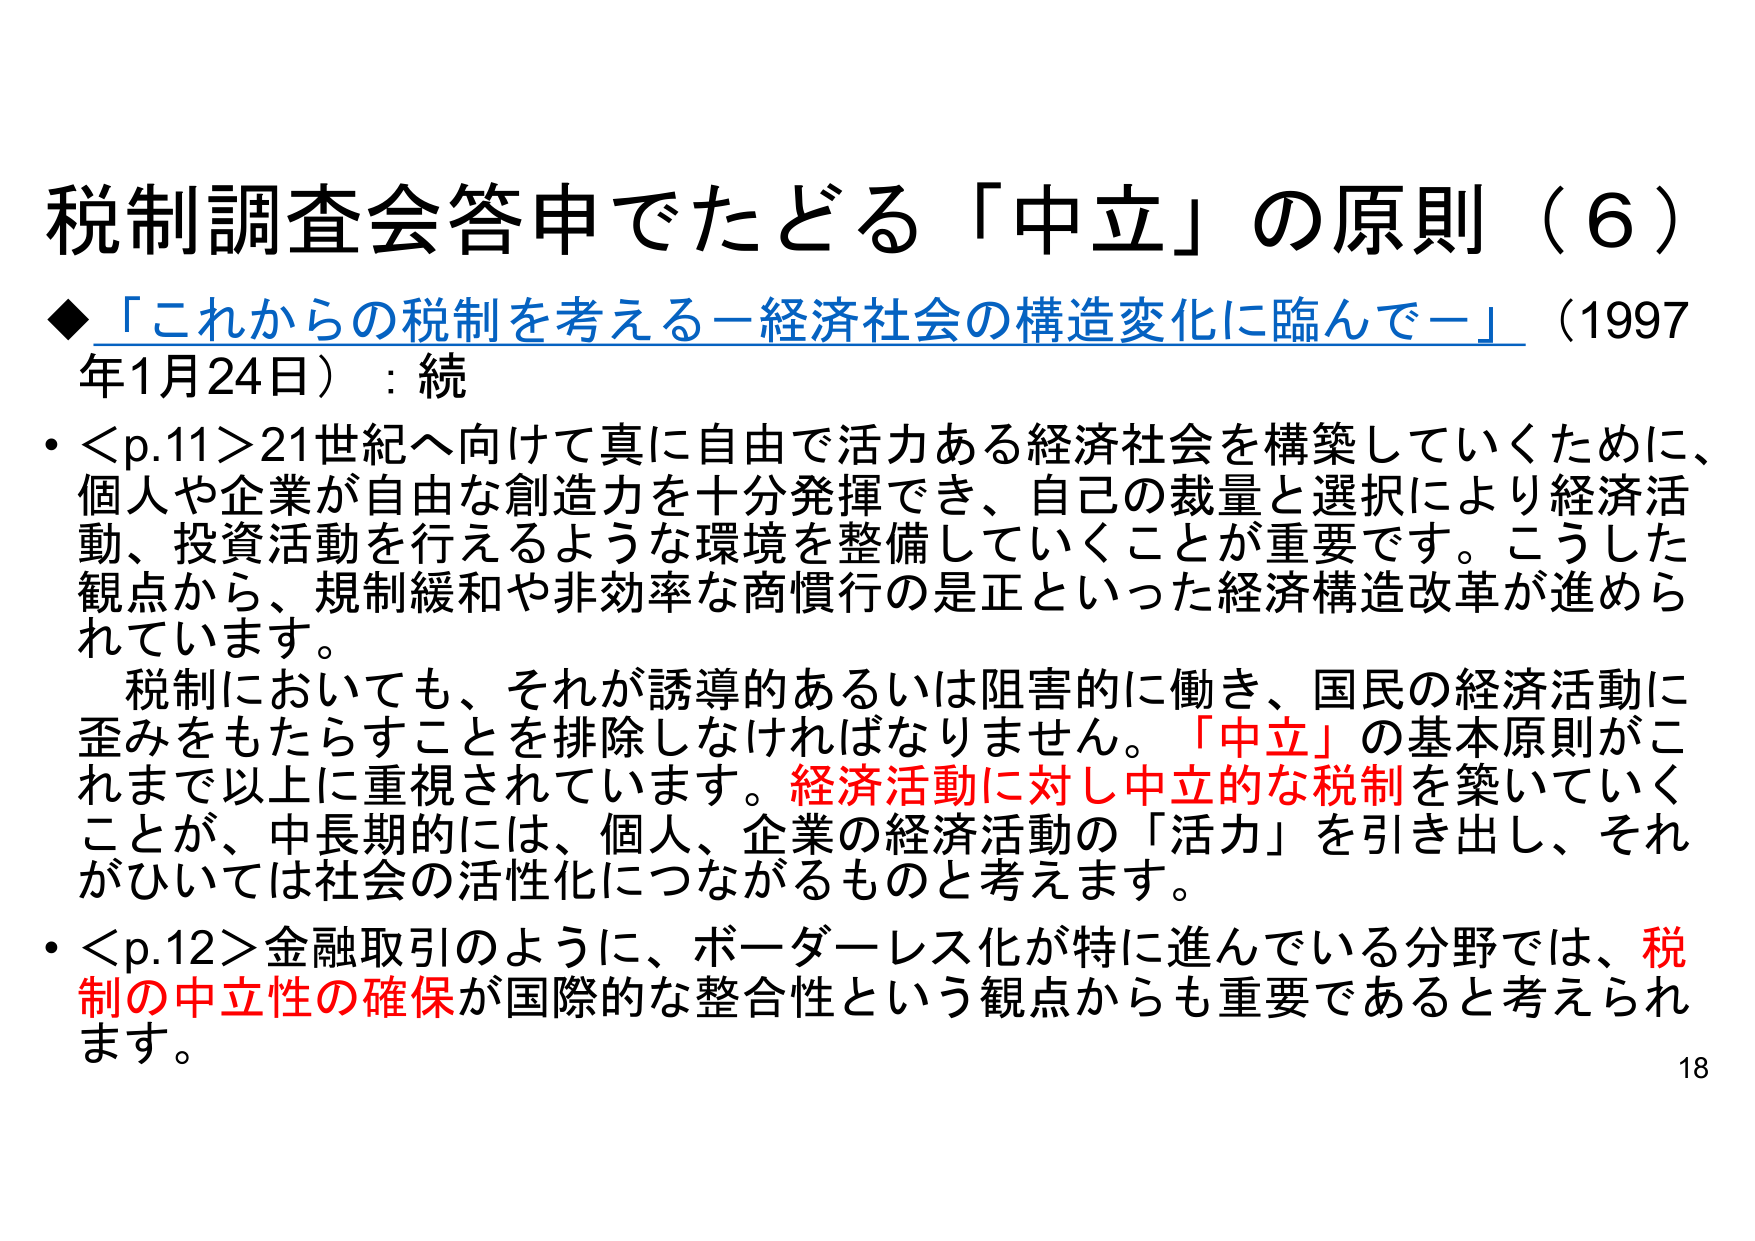
税制調査会答申でたどる「中立」の原則（6）

◆「これからの税制を考える－経済社会の構造変化に臨んで－」（1997年1月24日）：続

• <p.11>21世紀へ向けて真に自由で活力ある経済社会を構築していくために、個人や企業が自由な創造力を十分発揮でき、自己の裁量と選択により経済活動、投資活動を行えるような環境を整備していくことが重要です。こうした観点から、規制緩和や非効率な商慣行の是正といった経済構造改革が進められています。

　税制においても、それが誘導的あるいは阻害的に働き、国民の経済活動に歪みをもたらすことを排除しなければなりません。「中立」の基本原則がこれまで以上に重視されています。経済活動に対し中立的な税制を築いていくことが、中長期的には、個人、企業の経済活動の「活力」を引き出し、それがひいては社会の活性化につながるものと考えます。

• <p.12>金融取引のように、ボーダーレス化が特に進んでいる分野では、税制の中立性の確保が国際的な整合性という観点からも重要であると考えられます。

18